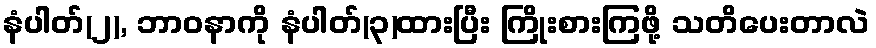
နံပါတ်(၂), ဘာဝနာကို နံပါတ်(၃)ထားပြီး ကြိုးစားကြဖို့ သတိပေးတာလဲ